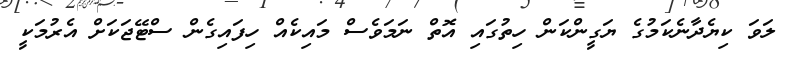
ލަވަ ކިޔެދާނެކަމުގެ ޔަގީންކަން ހިތުގައި އޮތް ނަމަވެސް މައިކެއް ހިފައިގެން ސްޓޭޖަކަށް އެރުމަކީ